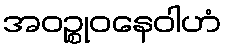
အဝဉ္စုဝနေဝါဟံ